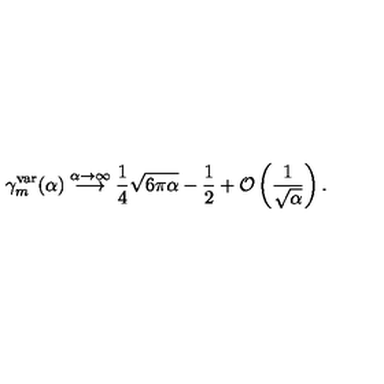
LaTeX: \gamma _ { m } ^ { \mathrm { v a r } } ( \alpha ) \stackrel { \alpha \to \infty } { \longrightarrow } \frac { 1 } { 4 } \sqrt { 6 \pi \alpha } - \frac { 1 } { 2 } + { \cal O } \left( \frac { 1 } { \sqrt { \alpha } } \right) .